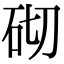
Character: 砌